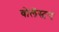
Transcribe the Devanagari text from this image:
वोलॅस्टन